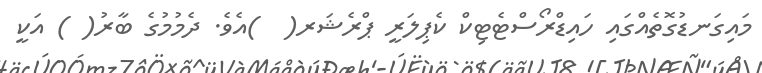
މައިގަނޑުގޮތެއްގައި ހައިޑްރޯސްޓެޓިކް ކެޕިލަރީ ޕްރެޝަރ(  )އެވެ. ދެމުމުގެ ބާރު( ) އަކީ